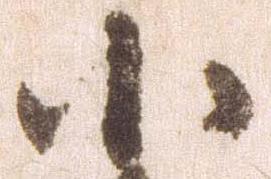
小